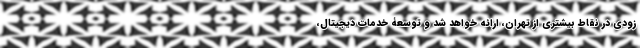
زودی در نقاط بیشتری از تهران، ارائه خواهد شد و توسعۀ خدمات دیجیتال،